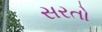
સરતો